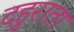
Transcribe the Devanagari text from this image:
दहुराता